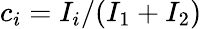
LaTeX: c_{i}=I_{i}/(I_{1}+I_{2})